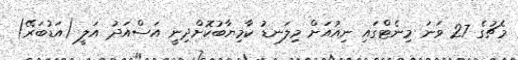
މެޗުގެ 27 ވަނަ މިނެޓްގައި ނިއުއަށް މިލަނޑު ކާމިޔާބުކޮށްދިނީ އަސްއަދު އަލީ (އަޑުބަރޭ)